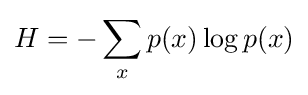
H=-\sum _{x}p(x)\log p(x)